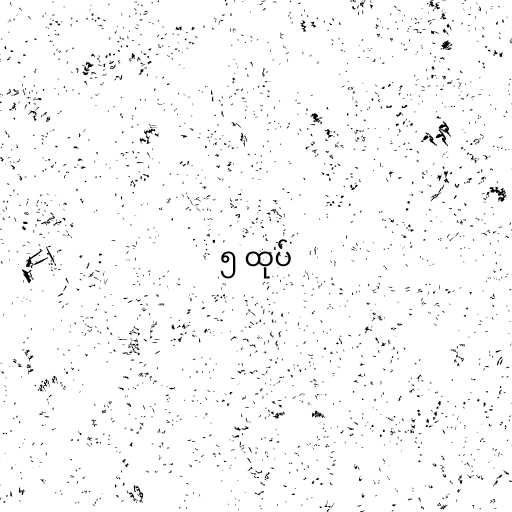
၅ ထုပ်